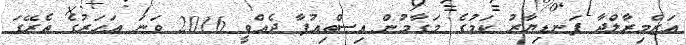
އަޒްމިރާލްދާ ފަނޑިޔާރު ކަމުގެ މަގާމުން އިސްތިއުފާ ދެއްވީ 2016 ވަނަ އަހަރުގެ ތެރޭގަ